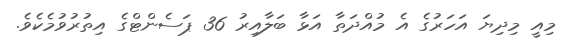
މިއީ މިދިޔަ އަހަރުގެ އެ މުއްދަތާ އަޅާ ބަލާއިރު 36 ޕަސެންޓްގެ އިތުރުވުމެކެވެ.